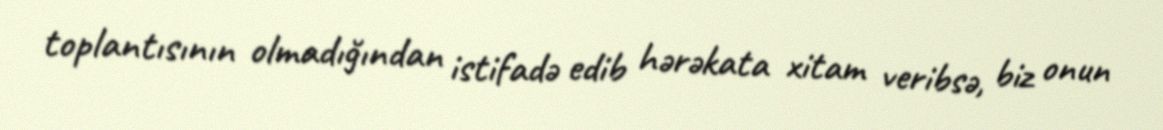
toplantısının olmadığından istifadə edib hərəkata xitam veribsə, biz onun